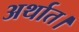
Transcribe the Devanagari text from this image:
अर्थात।